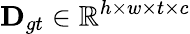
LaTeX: \mathbf{D}_{gt}\in\mathbb{R}^{h\times w\times t\times c}